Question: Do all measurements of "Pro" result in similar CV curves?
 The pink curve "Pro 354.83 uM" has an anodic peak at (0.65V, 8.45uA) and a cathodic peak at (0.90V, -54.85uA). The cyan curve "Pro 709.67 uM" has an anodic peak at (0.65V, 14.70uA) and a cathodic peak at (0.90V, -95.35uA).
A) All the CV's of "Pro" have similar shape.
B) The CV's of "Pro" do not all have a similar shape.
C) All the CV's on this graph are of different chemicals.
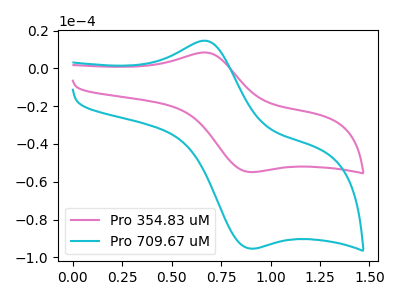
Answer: <think>All the peaks in "Pro 354.83 uM" have a peak in "Pro 709.67 uM" at the same potential. Every peak in "Pro 354.83 uM" is lower than every peak in "Pro 709.67 uM".
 </think>
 <answer>A) All the CV's of "Pro" have similar shape.</answer>
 <eval>A</eval>